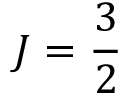
J = \frac { 3 } { 2 }